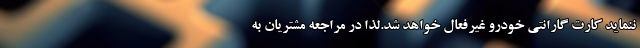
ننمايد كارت گارانتي خودرو غيرفعال خواهد شد.لذا در مراجعه مشتريان به